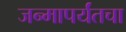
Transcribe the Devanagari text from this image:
जन्मापर्यंतचा